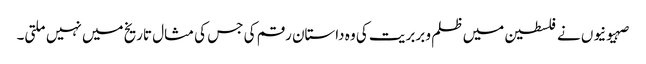
صہیونیوں نے فلسطین میں ظلم و بربریت کی وہ داستان رقم کی جس کی مثال تاریخ میں نہیں ملتی۔